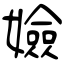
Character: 嬐